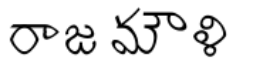
రాజమౌళి